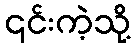
၎င်းကဲ့သို့